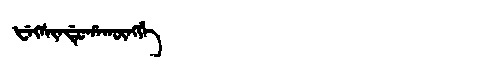
Manchu: ᡶᡝᡴᠰᡳᠨᡩᡠᡥᠠᡴᡡᠩᡤᡝ
Romanization: FEKSINDUHAKŪNGGE